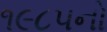
૧૯૮૫નો